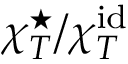
\chi _ { T } ^ { \star } / \chi _ { T } ^ { \mathrm { i d } }